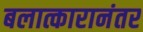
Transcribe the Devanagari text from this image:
बलात्कारानंतर